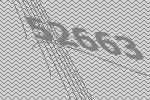
52663